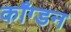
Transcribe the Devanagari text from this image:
काँग्डन